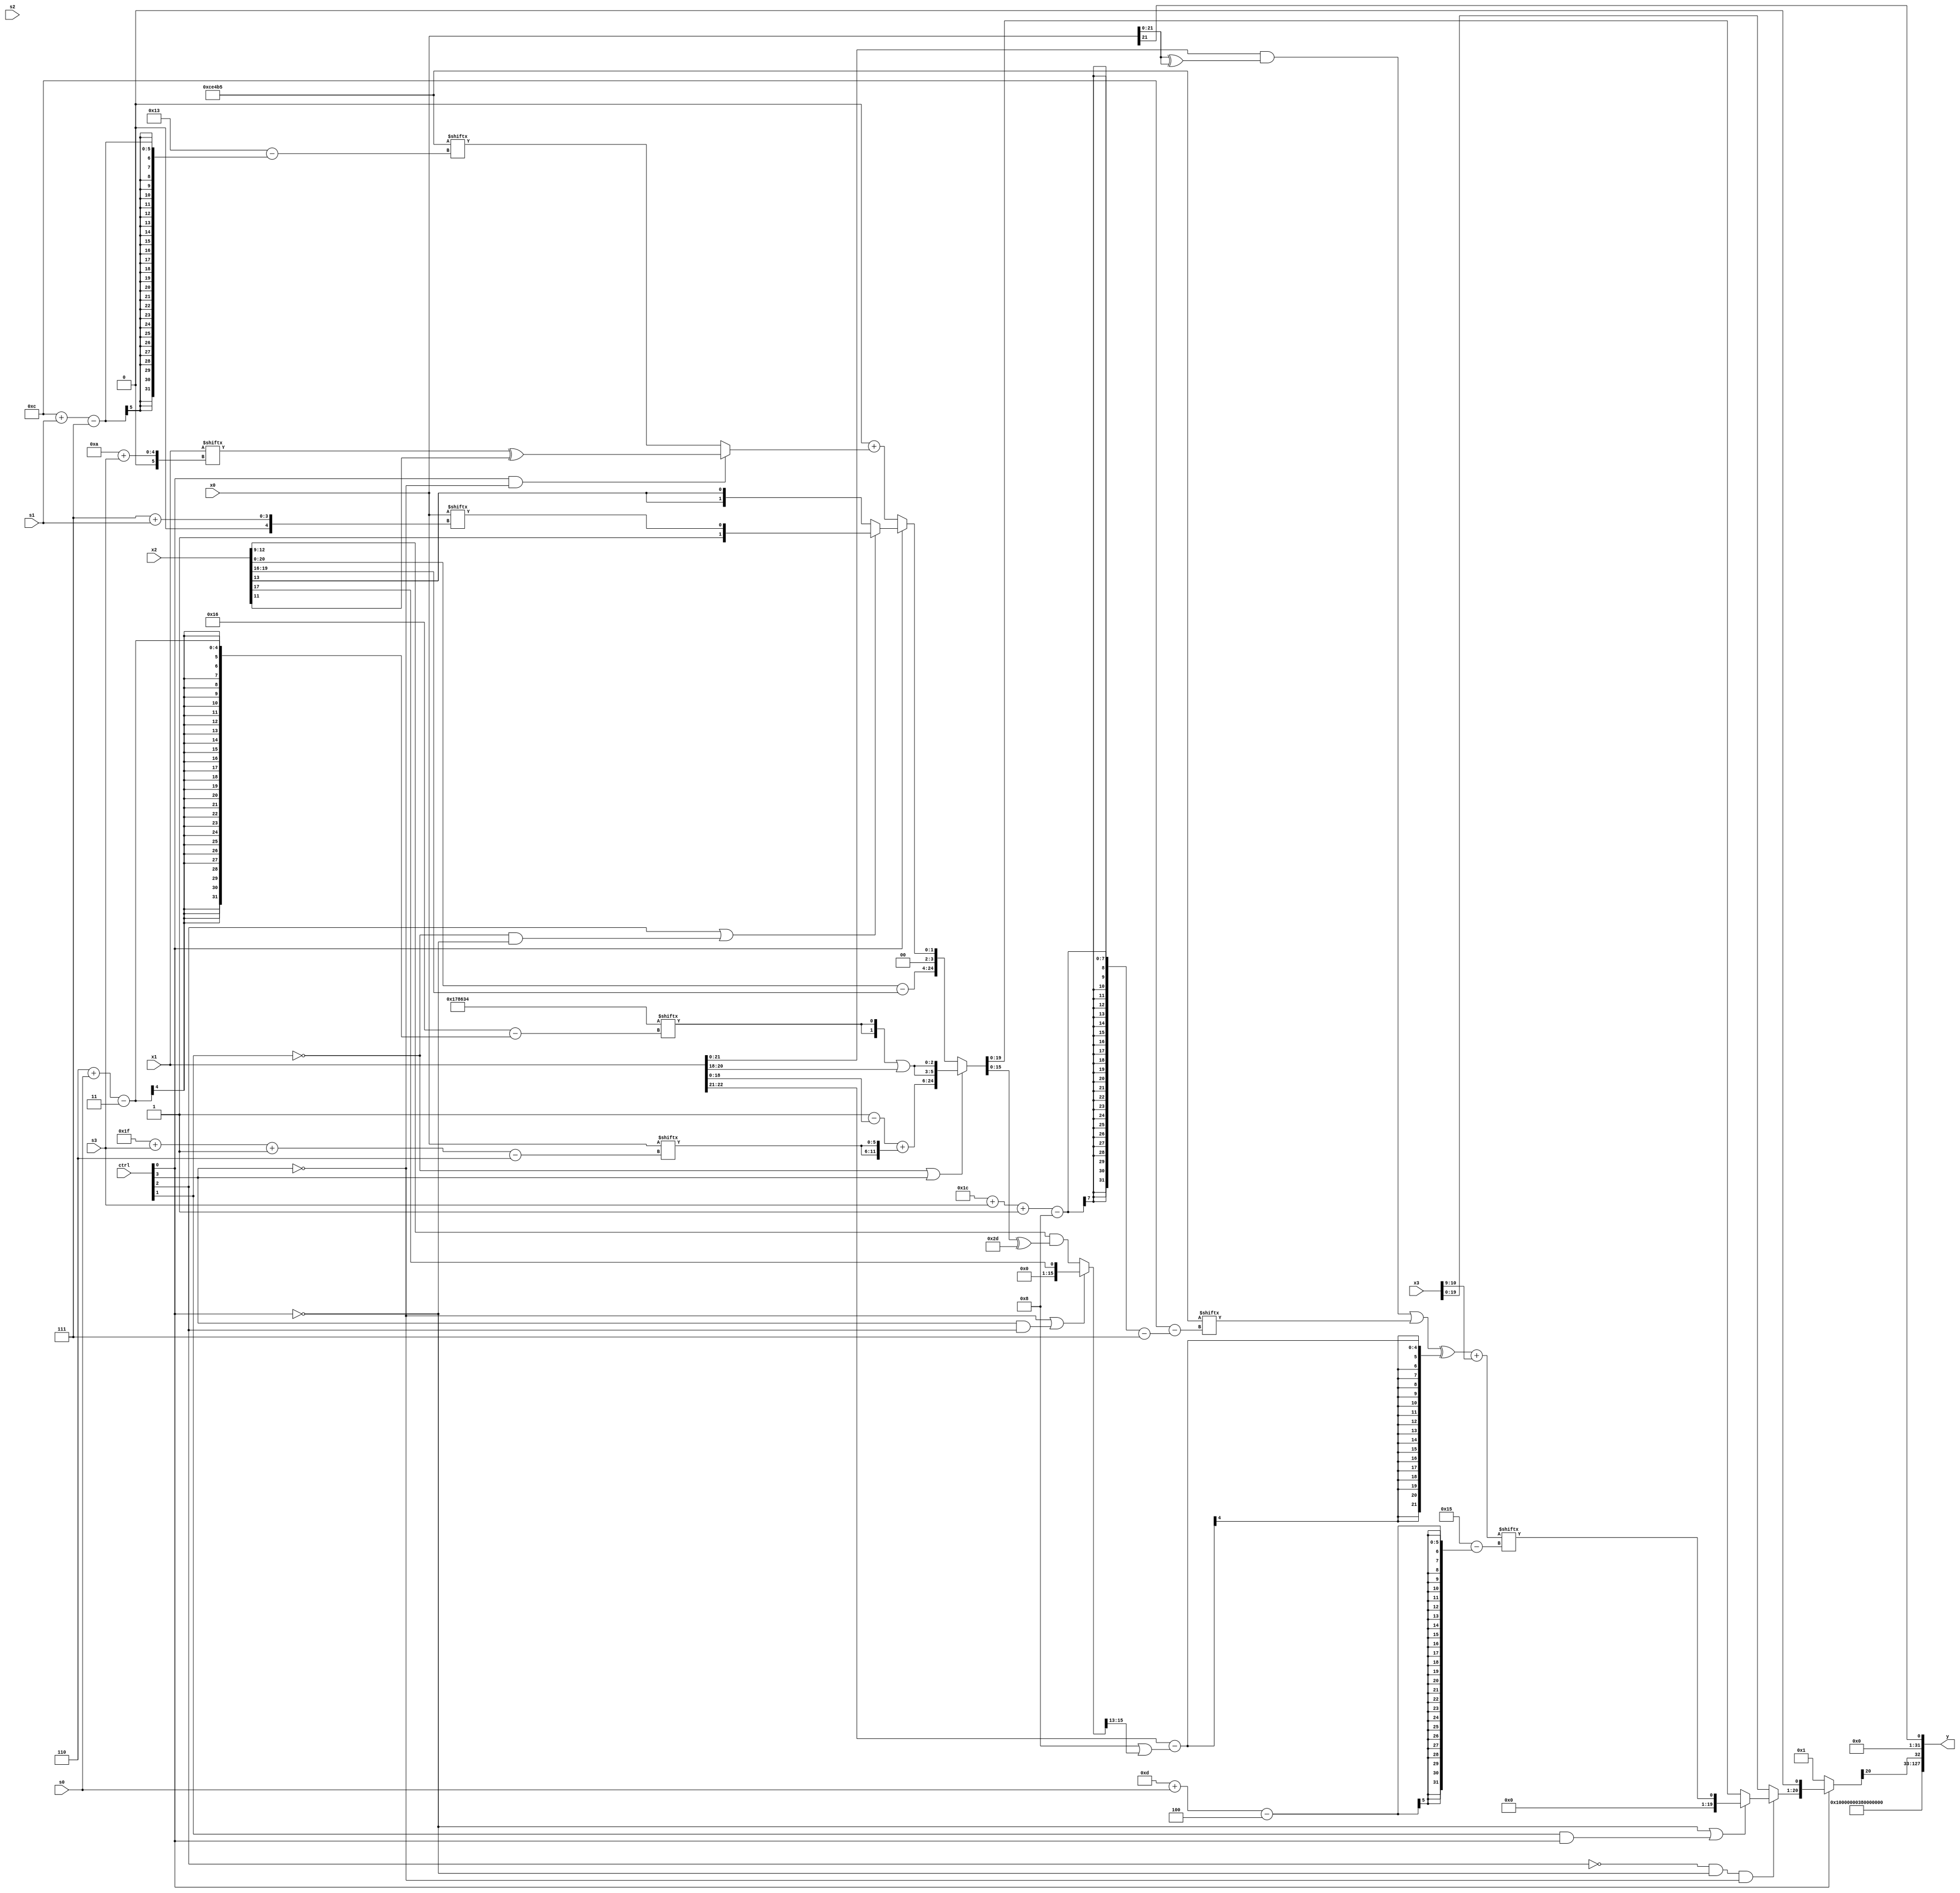
module partsel_00284(ctrl, s0, s1, s2, s3, x0, x1, x2, x3, y);
  input [3:0] ctrl;
  input [2:0] s0;
  input [2:0] s1;
  input [2:0] s2;
  input [2:0] s3;
  input [31:0] x0;
  input [31:0] x1;
  input signed [31:0] x2;
  input [31:0] x3;
  wire signed [0:24] x4;
  wire [28:4] x5;
  wire [4:25] x6;
  wire [5:25] x7;
  wire [5:29] x8;
  wire [7:30] x9;
  wire [2:28] x10;
  wire [25:7] x11;
  wire signed [3:26] x12;
  wire signed [25:0] x13;
  wire [4:28] x14;
  wire [29:3] x15;
  output [127:0] y;
  wire signed [31:0] y0;
  wire [31:0] y1;
  wire signed [31:0] y2;
  wire [31:0] y3;
  assign y = {y0,y1,y2,y3};
  localparam signed [7:26] p0 = 7136437;
  localparam signed [29:5] p1 = 60479555;
  localparam [7:30] p2 = 373483056;
  localparam signed [3:25] p3 = 462915124;
  assign x4 = (!ctrl[1] || !ctrl[1] || ctrl[3] ? {({2{(p2[15] - x1)}} + {2{x0[31 + s3 -: 6]}}), {2{({2{p3[6 + s0]}} | x1[18 +: 3])}}} : {(x2 - x2[19 -: 4]), (!ctrl[0] || ctrl[3] && !ctrl[3] ? ({2{p2[11 +: 2]}} + (ctrl[0] && ctrl[0] && !ctrl[3] ? (x1[10 + s3] ^ x2[11]) : p0[12 + s1])) : (ctrl[2] || !ctrl[1] && !ctrl[0] ? {p3[13 +: 3], x0[7 + s1]} : {2{x2[13]}}))});
  assign x5 = {2{(!ctrl[3] || ctrl[3] && ctrl[2] ? x2[17] : (x2[9 +: 4] & (x4 ^ {2{p2[13 +: 3]}})))}};
  assign x6 = ({({(x4[17 + s2 -: 5] & p0[10 +: 1]), {p2[12 +: 1], x2}} & p1[1 + s2 -: 8]), {2{(((x1 & (x0 ^ x0)) | p0[28 + s3 -: 8]) ^ (x1[22 -: 2] - (p1[13 +: 4] | x5[19 -: 3])))}}} + x3[9 +: 2]);
  assign x7 = x6[11 +: 3];
  assign x8 = (ctrl[0] || !ctrl[3] && ctrl[3] ? {(!ctrl[2] && !ctrl[0] && !ctrl[3] ? (!ctrl[0] || ctrl[1] && ctrl[0] ? x6[13 + s0] : x4) : x3), p0[14]} : p0[15 +: 2]);
  assign x9 = x0[21];
  assign x10 = x9[10 +: 1];
  assign x11 = p3[14 +: 1];
  assign x12 = ((x8[16 -: 2] & ({2{(ctrl[0] && ctrl[1] || !ctrl[3] ? p1 : ((x1[7 + s3] ^ (p2[16 -: 3] + p1[12 +: 4])) - ((p0[15] | x9[5 + s0 -: 6]) | p2)))}} & {2{{2{p2}}}})) & {2{p2[8 + s3 -: 2]}});
  assign x13 = (p2[16 +: 2] ^ p1[13 + s1]);
  assign x14 = x13[13 -: 4];
  assign x15 = (((p2[12 -: 2] | x5[17]) - x8[16 +: 4]) | ((p0[14 -: 2] | (ctrl[1] || !ctrl[2] && ctrl[0] ? (x0[17 + s2 -: 6] | p3[16 +: 1]) : p3)) - p1));
  assign y0 = p3[17 -: 2];
  assign y1 = p2[15 +: 3];
  assign y2 = x8[9];
  assign y3 = x9;
endmodule